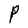
Character: P